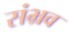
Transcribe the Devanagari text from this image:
संभ्रव